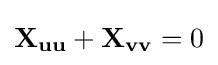
\mathbf {X_{uu}} +\mathbf {X_{vv}} =0